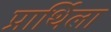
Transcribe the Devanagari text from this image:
प्रार्थिला